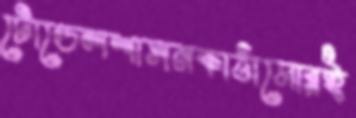
টোডেলশাসনকাঠামোরই